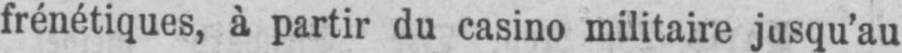
frénétiques, à partir du casino militaire jusqu’au